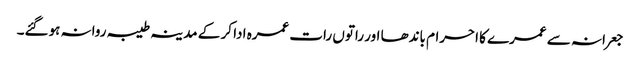
جعرانہ سے عمرے کا احرام باندھا اور راتوں رات عمرہ ادا کر کے مدینہ طیبہ روانہ ہوگئے۔